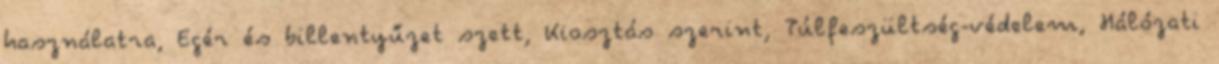
használatra, Egér és billentyűzet szett, Kiosztás szerint, Túlfeszültség-védelem, Hálózati